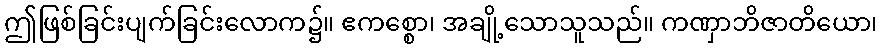
ဤဖြစ်ခြင်းပျက်ခြင်းလောက၌။ ဧကစ္စော၊ အချို့သောသူသည်။ ကဏှာဘိဇာတိယော၊